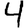
Digit: 4